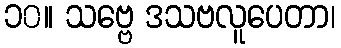
၁၀။ သဗ္ဗေ ဒသဗလူပေတာ၊